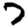
Digit: 7